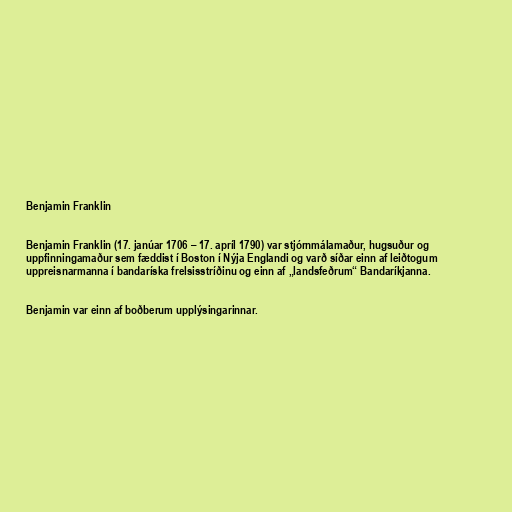
Benjamin Franklin

Benjamin Franklin (17. janúar 1706 – 17. apríl 1790) var stjórnmálamaður, hugsuður og
uppfinningamaður sem fæddist í Boston í Nýja Englandi og varð síðar einn af leiðtogum
uppreisnarmanna í bandaríska frelsisstríðinu og einn af „landsfeðrum“ Bandaríkjanna.

Benjamin var einn af boðberum upplýsingarinnar.